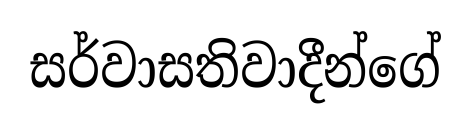
සර්වාසතිවාදීන්ගේ